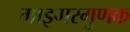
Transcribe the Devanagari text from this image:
गाइगरगुणक